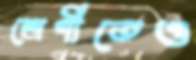
শ্রেণীতেও